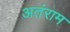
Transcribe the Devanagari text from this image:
अतंराम